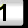
Digit: 1